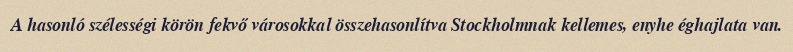
A hasonló szélességi körön fekvő városokkal összehasonlítva Stockholmnak kellemes, enyhe éghajlata van.